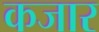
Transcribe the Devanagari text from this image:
कजार